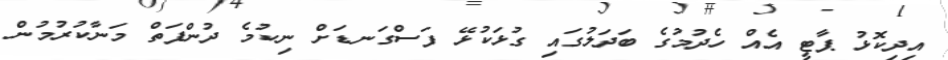
އިދިކޮޅު ޕާޓީ އެއް ހެދުމުގެ ބަދަލުގައި ގުޅަކުޅޭ ފަސްގަނޑަށް ނިކުމެ ދުންފަތް މަނާކުރުމުން